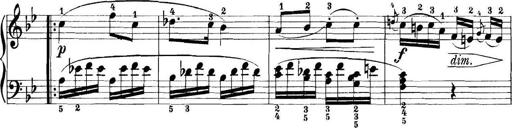
Title: 11 Sonatinas
Composer: Anton Diabelli